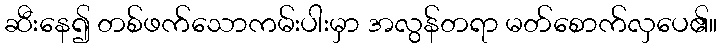
ဆီးနေ၍ တစ်ဖက်သောကမ်းပါးမှာ အလွန်တရာ မတ်စောက်လှပေ၏။